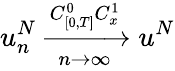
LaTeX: u_{n}^{N}\xrightarrow[n\rightarrow\infty]{C_{[0,T]}^{0}C_{x}^{1}}u^{N}